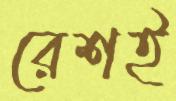
রেশই